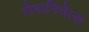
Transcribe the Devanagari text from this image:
रोमानिचेल्स